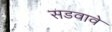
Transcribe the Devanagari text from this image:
सडवावे